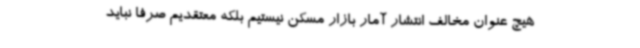
هیچ عنوان مخالف انتشار آمار بازار مسکن نیستیم بلکه معتقدیم صرفاً نباید